Vital statistics of India. Vol. VI, European troops 1870-79
Year: 1870
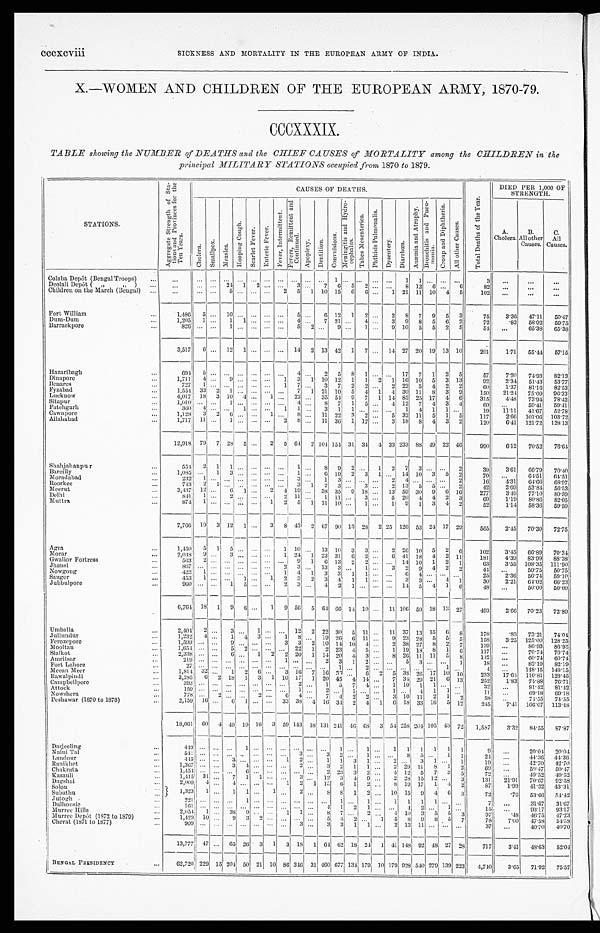
cccxcviii
SICKNESS AND MORTALITY IN THE EUROPEAN ARMY OF INDIA.
X.—WOMEN AND CHILDREN OF THE EUROPEAN ARMY; 1870-79.
CCCXXXIX.
TABLE showing the NUMBER of DEATHS and the CHIEF CAUSES of MORTALITY among the CHILDREN in the
principal MILITARY STATIONS occupied from 1870 to 1879.
STATIONS.
A g g r e g a t e S t r e n g t h o f S t a -
t i o n s a n d P r o v i n c e s f o r t h e
Ten Year s .
CAUSES OF DEATHS.
T o t a l D e a t h s o f t h e Y e a r .
DIED PER 1,000 OF
STRENGTH.
C h o l e r a .
S m a l l p o x .
M e a s l e s .
H o o p i n g C o u g h .
S c a r l e t F e v e r .
E n t e r i c F e v e r .
F e v e r , I n t e r m i t t e n t .
F e v e r s , R e m i t t e n t a n d
C o n t i n u e d .
Apopl exy.
D e n t i t i o n .
C o n v u l s i o n s .
M e n i n g i t i s a n d H y d r o -
c e p h a l u s .
T a b e s M e s e n t e r i c a .
P h t h i s i s P u l m o n a l i s .
D y s e n t e r y .
D i a r r h œ a .
A n æ m i a a n d A t r o p h y .
B r o n c h i t i s a n d P n e u -
m o n i a . C r o u p a n d D i p h t h e r i a .
A l l o t h e r C a u s e s .
A.
C h o l e r a . B.
All other
Causes.
C.
All
Causes.
Colaba Depôt (Bengal Troops)
...
...
... ... ... ... . . . . . .
...
... ... ... 1
... ... ... ... 1
1 . . .
... ...
3 ...
...
...
Deolali Depôt („ „) ...
...
. . .
... 24 1 2
. . . . . . 3 ... 7 6 5 2 ... ... 8 12 6 ... 6
82 ...
...
...
Children on the March (Bengal) ...
...
. . .
...
5 . . . ...
. . . 2 5 1 10 15 6 6 ... 1 21 11 10 4 5
102 ...
...
...
Fort William
...
1,486 5
... 10
...
... ...
... 5
... 6 12 1 2
... 2 8 7 9 5 3
75
3.36 47.11 50.47
Dum-Dum
...
1,205 1 ... 1 1
. . . ... ... 4 ... 7 21
. . . 4 ... 3 9 8 5 6 2
72
. 8 3 58.92 59.75
Barrackpore
...
8 2 6
. . .
...
1 . . .
. . .
... ...
5 2 ... 9
. . . 1 ... 9 10 5 5 2 5
54 ...
65.38 65.38
3,517 6 ... 12 1
. . .
... ... 14 2 13 42 1 7 ... 14 27 20 19 13 10
201
1.71 55.44 57.15
Hazaribagh
...
694 5
... . . .
. . .
... ... ... 4 ... 2 5 8 1
... ... 17 7 1 2 5
57
7.20 74.93 82.13
Dinapore
...
1,711 4 ... 9
. . .
... ... 1 3 1 10 12 1 1 2 1 16 10 5 3 13
92
2.34 51.43 53.77
Benares
...
7 2 7
1 ... . . .
. . .
... ... 1 7 ... 3 7 2 2 ... 2 22 5 4 2 2
60
1.37 81.16 82.53
Fyzabad
...
1,554 33 2 1
. . .
... ... ... 7 1 21 10 5 4 1 4 30 11 8 3 9
150 21.24 75.09 96.33
Lucknow
...
4,017 18 3 10 4 ... 1 ... 22 ... 35 54 9 7 1 14 85 25 17 4 6
315
4.48 73.94 78.42
Sitapur
...
1,010 ... ... 1
. . .
... ... ...
4 ... 8 7 1 5 ... 4 12 7 4 3 4
60 ...
59.41 59.41
Fatehgarh
...
360 4 ... ... 1 ... ... 1 1 ... 3 1 1
. . .
... ... 1 4 1 1 ...
19 11.11 41.67 52.78
Cawnpore
...
1,128 3 2 6
. . .... 1 ... 8 ... 11 22 3 2 ... 5 32 11 5 1 5
117
2.66 101.06 103.72
Allahabad
...
1,717 11 ... 1
. . .
... ... 2 8 ... 11 36 1 12 ... 3 18 8 4 3 2
120
6.41 121.72 128.13
12,918 79 7 28 5 ... 2 5 64 2 104 154 31 34 4 33 233 88 49 22 46
990
6.12 70.52 76.64
Shahjahanpur
...
554 2 1 1
. . .
... ... ... 1
... 8 9 2 . . .
1 2 7 3
... ... 2
39
3.61 66.79 70.40
Bareilly
...
1,085 ... 1 3
. . .
... ... ... 1 ... 6 19 2 3 1 ... 14 10 3 5 2
70 ...
64.51 64.51
Moradabad
...
2 3 2 1 ...
. . . . . .
... ...
. . . 3 ... 1 3
. . .
. . .
... 2 4 ... ... ... 2
16
4 . 3 1 64.66 68.97
Roorkee
...
743 2 1
. . .... ... ... ... 3 1 2 3
. . . 3 ... 2 13 5 5 ... 2
42
2.69 53.84 56.53
Meerut
...
3,437 12 ... 6 1 ... 2 4 19 ... 38 35 9 18 ... 13 59 30 9 6 16
277
3.49 77.10 80.59
Delhi
...
841 1 ... 2
. . .
... ...
2 11 ... 1 11
. . . 3 ... 5 20 4 4 2 3
69
1.19
80.86 82.05
Muttra
...
874 1 ...
. . . . . .
... 1 2 5 1 11 10
. . . 1 ... 1 9 1 3 4 2
52
1.14 58.36 59.50
7,766 19 3 12 1
...
3 8 43 2 67 90 13 28 2 25 126 53 24 17 29
565
2.45 70.30 72.75
Agra
. . .
1,450 5 1 5 ...
... . . . 1 10
... 13 10 3 3
... 2 26 10 5 2 6
102
3.45 66.89 70.34
Morar
...
2,048 9 ... 3 ... ... ... 1 24 1 22 31 6 2 ... 6 41 18 4 2 11
181
4.39 83.99 88.38
Gwalior Fortress
...
5 6 3 2 ...
. . .
. . .
... ... ... 9 1 6 13 2 2 ... ... 14 10 1 2 1
63
3.55 108.35 111.90
Jhansi
...
867 ... ... . . . ... ... ... 2 3 ... 13 3 ... 1 ... 3 2 9 4 2 2
44 ...
50.75 50.75
Nowgong
...
423 1 ... ... ... ... ... 1 4 1 3 3 1 1 ... ... 6 4 ... ... ...
25
2.36 56.74 59.10
Saugor
. . .
453 1 ... ... 1 ... 1 2 3 2 3 4 1 1 ... ... 3 3 ... 4 1
30
2.21 64.02 66.23
Jubbulpore
...
960 ... ... 1 5 ... ... 2 3 ... 4 2 1
. . . ... ... 14 5 4 1 6
48 ...
50.00 50.00
6,76 4 18 1 9 6 ... 1 9 56 5 64 66 14 10 ... 11 106 59 18 13 27
493
2.66 70.23 72.89
Umballa
...
2,404 2 ... 3 . . . 1 ... ... 12 2 22 30 5 11 ... 11 37 13 15 6
8
178
.83 73.21 74.04
Jullundur
...
1,232 4 ... 1 4 3 ... 1 8 ... 19 26 6 11 ... 9 23 28 5 5 5
158
3.25 125.00 128.25
Ferozepore
...
1,599 ... ... 9 . . . ... ... 3 3 2 10 14 10 4 ... 2 38 27 8 2 7
139
. . .
86.93 86.93
Mooltan
...
1,654 ... ... 5 2 ... ... ... 22 1 2 23 4 5 ... 1 19 18 8 1 6
117 ...
70.74 70.74
Sialkot
...
2,338 ... ... 6 ... 1 2 2 20 1 14 20 4 3 ... 8 26 11 11 5 8
142 ...
60.74 60.74
Amritsar
...
2 1 9 . . . ...
. . . . . .
. . . . . . 1
. . . . . .
2 3
1 2 ...
. . .
5 3 ... ... 1
18 ...
82.19 82.19
Fort Lahore
. . .
27
. . . ...
. . . . . .
. . . . . . ... . . . . . .
... 1
. . . 2 ...
. . .
... ... ... 1 ...
4 ...
148.15 148.15
Meean Meer
...
1,814 32 ... 1 2 6 ... 3 16 7 16 36 ... 6 2 5 38 26 17 10 10
233 17.64 110.81 128.45
Rawalpindi
...
3,285 6 2 18 1 3 1 10 17 1 20 45 4 14 ... 7 34 29 21 6 13
252
1.83 74.88 76.71
Campbellpore
...
393 ... ... ... ... ... ... ... 2 ... 1
5 7
4 ... 1 10 1 1 ... ...
3 2
...
81.42 81.42
Attock
...
1 5 9 . . . ...
. . . . . . ... ... ...
1 ...
2 . . . 1 . . .
...
1 ...
4 1 1 ...
11 ...
69.18 69.18
Nowshera
...
778 . . .
2 ...
. . . 2 ... 6 4 ... 7 4 2
2 ... 3 10 11 2 1 2
58
. . .
74.55 74.55
Peshawar (1870 to 1878)
...
2,159 16 ... 6 1 ... ... 33 38 4 16 34 2 4 1 6 18 33 16 5 12
245
7.41 106.07 113.48
1 8 , 0 6 1 6 0
4
4 9 1 0
1 6
3 59
1 4 3 1 8 1 3 1
241 4 6
6 8
3
5 4 258 204 105 43 72 1,587
3.32 84.55 87.87
Darjeeling
...
4 4 9 . . .
...
. . . 1
. . .
...
. . . . . . . . . . . .
1
. . . 1 ...
1 1 1
1 1 1
9
...
20.04 20.04
Naini Tal
...
541 ... ... ... . . . ... ... ... 3 . . . 3 2 ... 1 ... ... 8 5 ... 1 1
24 ...
44.36 44.36
Landour
...
445 ... ... 3 ... ... ... 1 2 . . .
1 1 3 1 ... 2 ... 3 1 ... 1
19
...
42.70 42.70
Ranikhet
...
1,367 ... ... 3 4 ... ...
. . . 2 ... 3 2 1 1 ... 2 29 11 8 1 2
69 ...
50.47 50.47
Chakrata
...
1,454 ... ... ...
6 ... ... ... ... ... 2 23 3 2 ... 4 12 5 7
3 5
72 ...
49.52 49.52
Kasauli
...
1,415 31 ... 7 1 1 ... ... 3 ... 12 3 4 9 ... 2 28 15 12 ... 3
131 21.91 70.67 92.58
Dagshai
...
2,009
4 ... 4 ... ... ...
1 2 1 15 6 1 2 ... 8 19 17 1 4 2
87
1.99 41.32 43.31
Solon
...
1,323 1 ... 1 1 ... 1
. . . 2 ...
8 8 1 2 ... 10 15 9 4 6 3
72
.76 53.66 54.42
Subathu
. . .
Jutogh
...
2 2 1 . . .
...
. . . 1 ... ...
. . . . . . ... ... 1 ... 1 ... 1 1 1 1 ... ...
7
. . . 31.67 31.67
Dalhousie
. . .
1 6 1 . . .
...
. . . . . .
... ...
. . . . . .
... 4
1 2 1 ...
. . .
4
2 . . .
1 ...
15 ...
93.17 93.17
Murree Hills
...
2,054 1 ... 38 9 ... ... 1 1 ... 8 7
. . . 2 ...
4 10 3 5 5 3
97
.48 46.75 47.23
Murree Depôt (1872 to 1879)
...
1,429 10 ... 9 3 2 ... ... ... ... 5 4 2 . . . 1 5 8
9 8 5 7
78
7.00 47.58 54.58
Cherat (1871 to 1877)
...
909 ... ...
. . . . . . ...
. . . ... 3 ... 3 3 1 1 ... 2 13 11 ... ... ...
37
. . . 40.70 40.70
13,777 47 ... 65 26 3 1 3 18 1 6 4 62 18 24 1 41 148 92 48 27 28
717
3.41 48.63 52.04
BENGAL PRESIDEN C Y
...
6 2 , 7 2 0 2 2 9
15
2 0 4 5 0
2110 86 3 4 6
31460677 1 3 4 1 7 9
10 179928540279 139 223 4,740
3.65 71.92 75.57